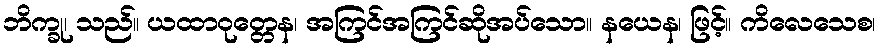
ဘိက္ခု၊ သည်။ ယထာဝုတ္တေန၊ အကြင်အကြင်ဆိုအပ်သော။ နယေန၊ ဖြင့်။ ကိလေသေစ၊